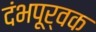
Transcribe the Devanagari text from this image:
दंभपूर्वक